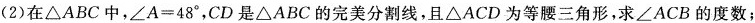
(2)在△ABC中，$$∠ A = 4 8 °$$，CD是△ABC的完美分割线，且△ACD为等腰三角形，求∠ACB的度数；